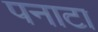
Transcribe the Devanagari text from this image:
पनाटा